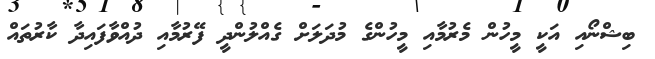
ބިޝްނޯއި އަކީ މީހުން މެރުމާއި މީހުންގެ މުދަލަށް ގެއްލުންދީ ފޭރުމާއި ދުއްވާފައިދާ ކާރުތައް